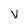
Character: V